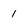
Character: 1